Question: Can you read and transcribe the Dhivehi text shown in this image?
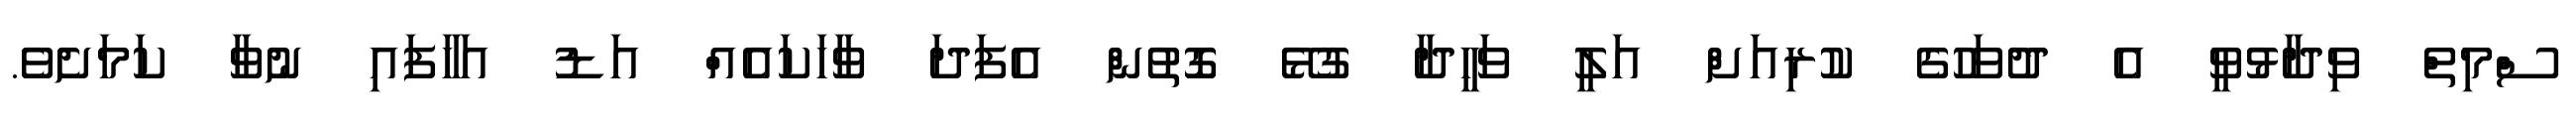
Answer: ސްމިތް ވިދާޅުވީ އެ ދުވަހުގެ ކުރިއަށް އަލީ ވަހީދާ ގުޅޭ ގޮތުން އެފަދަ ވާހަކައެއް އަޑު އަހާފައި ނުވާ ކަމަށެވެ.